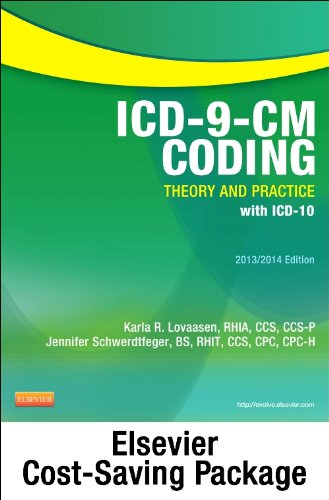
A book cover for ICD-9-CM Coding: Theory and Practice, 2013/2014 Edition - Text and Workbook Package, 1e; Karla R. Lovaasen RHIA  CCS  CCS-P; Medical Books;